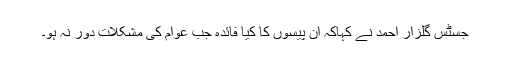
جسٹس گلزار احمد نے کہاکہ ان پیسوں کا کیا فائدہ جب عوام کی مشکلات دور نہ ہو۔